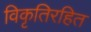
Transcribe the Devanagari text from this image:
विकृतिरहित